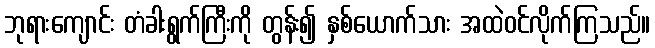
ဘုရားကျောင်း တံခါးရွက်ကြီးကို တွန်း၍ နှစ်ယောက်သား အထဲဝင်လိုက်ကြသည်။